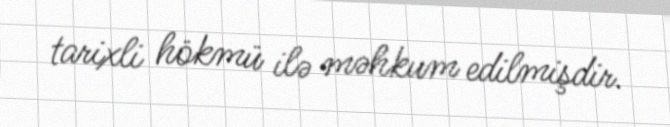
tarixli hökmü ilə məhkum edilmişdir.